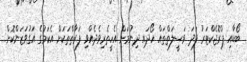
ބޯޑާއި ޕްރޮޖެކްޓަރު ފަދަ ވަސީލަތްތައް ހޯދައި ދިނުމަށް އެހީތެރިވެދެއްވި ފަރާތްތަކަށް އެކަމުގެ އަގުވަޒަންކޮށް